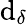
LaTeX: \mathrm{d}_{\delta}